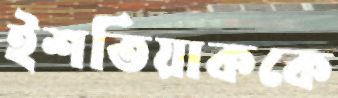
ইশতিয়াককে